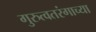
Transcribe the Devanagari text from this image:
गुरुत्वतरंगाच्या